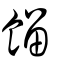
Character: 餾